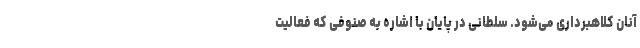
آنان کلاهبرداری می‌شود. سلطانی در پایان با اشاره به صنوفی که فعالیت